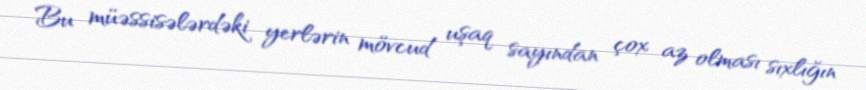
Bu müəssisələrdəki yerlərin mövcud uşaq sayından çox az olması sıxlığın